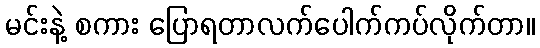
မင်းနဲ့ စကား ပြောရတာလက်ပေါက်ကပ်လိုက်တာ။